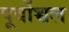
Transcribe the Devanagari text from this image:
पूर्वोच्चल